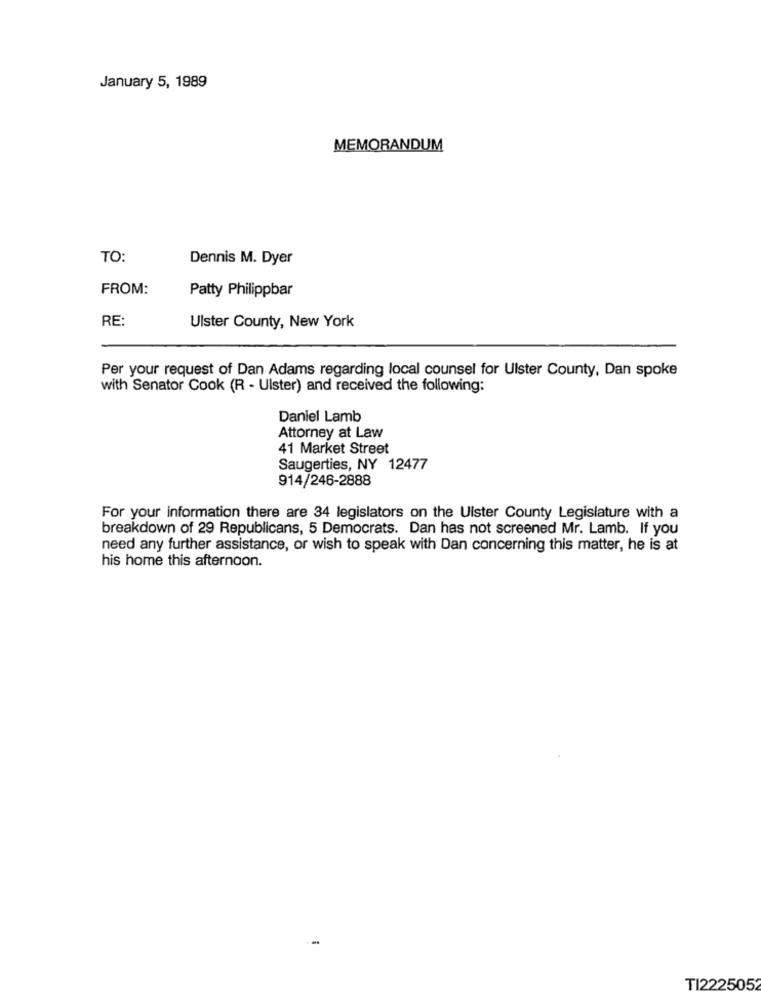
January 5, 1989
MEMORANDUM
TO
Dennis M. Dyer
FROM:
Patty Philippbar
RE:
Ulster County, New York
Per your request of Dan Adams regarding local counsel for Ulster County, Dan spoke
with Senator Cook (R - Ulster) and received the following:
Daniel Lamb
Attorney at Law
41 Market Street
Saugerties, NY 12477
914/246-2888
For your information there are 34 legislators on the Ulster County Legislature with a
breakdown of 29 Republicans, 5 Democrats. Dan has not screened Mr. Lamb. If you
need any further assistance, or wish to speak with Dan concerning this matter, he is at
his home this afternoon.
TI2225052